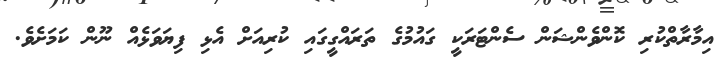
އިމާރާތްކުރި ކޮންވެންޝަން ސެންޓަރަކީ ގައުމުގެ ތަރައްގީގައި ކުރިއަށް އެޅި ފިޔަވަޅެއް ނޫން ކަމަށެވެ.